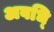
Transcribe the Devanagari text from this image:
अवधि्